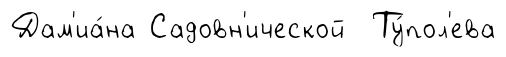
Дам'иа́на Садовн'ической Ту́пол'ева